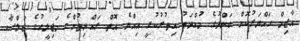
އާޒިމް ހައްޔަރުކޮށް ބަންދުގެ މުއްދަތު އިތުރުކުރީ އިއްޔެ އޮތް ރައްޔިތުންގެ މަޖިލީހުގެ ޖަލްސާ